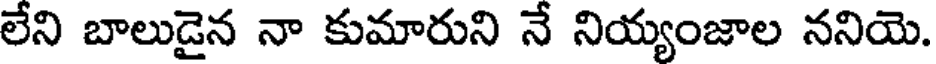
లేని బాలుడైన నా కుమారుని నే నియ్యంజాల ననియె.